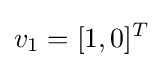
v_{1}=[1,0]^{T}